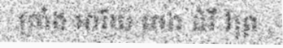
ក្រាំង អារីយ៍ រោង ដំរី ព្រៃ